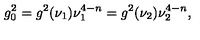
g _ { 0 } ^ { 2 } = g ^ { 2 } ( \nu _ { 1 } ) \nu _ { 1 } ^ { 4 - n } = g ^ { 2 } ( \nu _ { 2 } ) \nu _ { 2 } ^ { 4 - n } ,